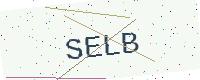
Text: SELB